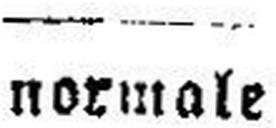
normale